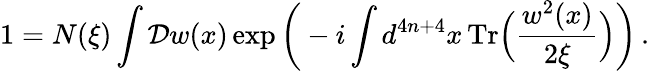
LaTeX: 1=N(\xi)\int\mathcal{D}w(x)\exp\bigg(-i\int d^{4n+4}x\, \mathrm{Tr}\Big(\frac{w^{2}(x)}{2\xi}\Big)\bigg)\, .